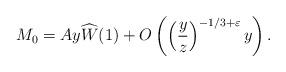
LaTeX: \begin{align*} M_0 = Ay \widehat{W}(1)+O\left( \left(\frac {y}{z} \right )^{-1/3 + \varepsilon} y \right).\end{align*}